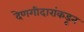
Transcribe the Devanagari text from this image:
देणगीदारांकडून